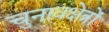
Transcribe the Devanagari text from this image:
चुनावक्षेत्रों